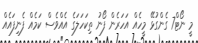
މީ ނޯޓް7 ގެންގުޅޭ މީހެއް އަހަރެން ފޯނު ތިކަހަލަގެ އެއްވެސް ކަމެއް ފެނިފައެއް